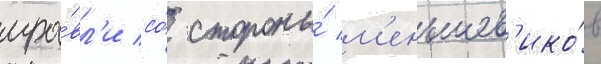
тра́вл'и со́ стороны́ м'еньшев'ико́в